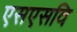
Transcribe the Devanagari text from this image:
एसएसवि